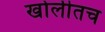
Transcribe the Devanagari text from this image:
खोलीतच